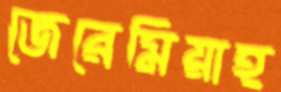
জেরেমিয়াহ